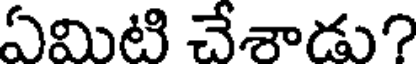
ఏమిటి చేశాడు?